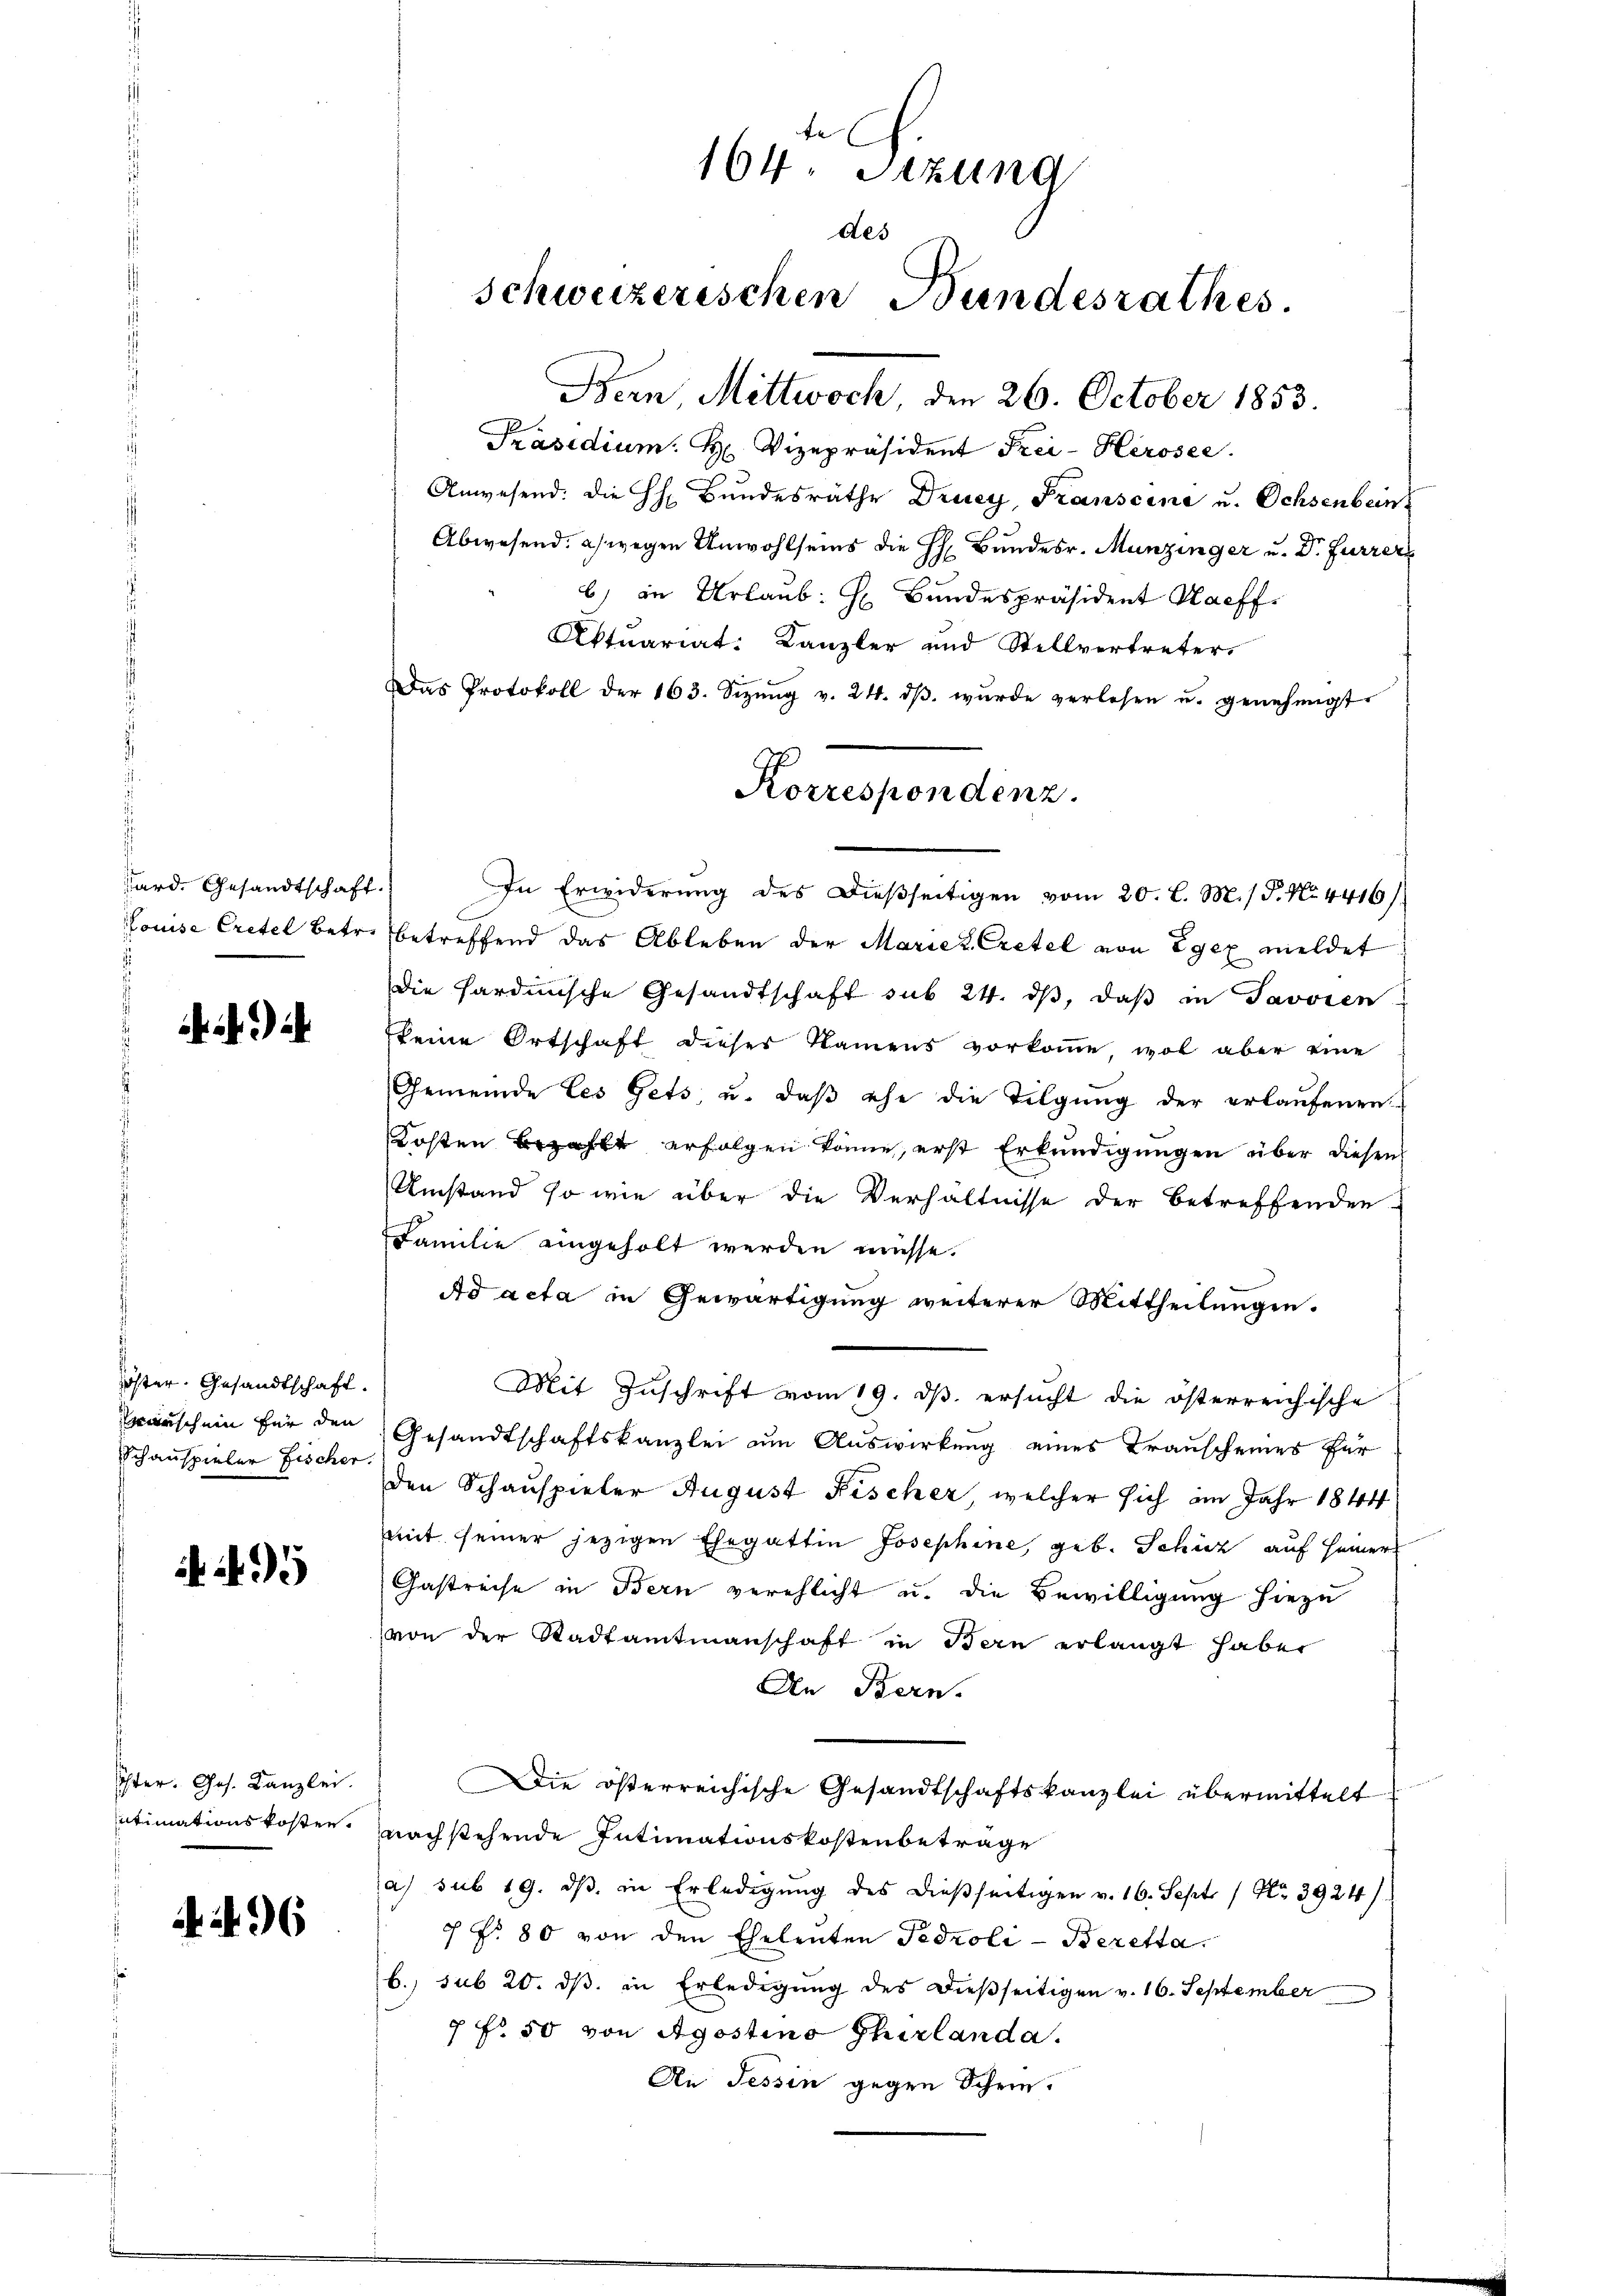
Sard. Gesandtschaft.

. .

öster. Gesandtschaft.
rarischein für den
Schauspieler Fischer.

Ihter. Ges. Kanzlei.
ntimationskosten.

6

Präsidium. H. Vizepräsident Frei- Herosee
Anwesend. Die HH Bŭndesräthe Drucy, Franscine u. Ochsenbein
Abwesend: a) wegen Unwohlseins die H. Bundesr. Munzinger u. Dr. Furrer
6) in Urlaub. H. Bundespräsident Haeff.
Aktuariat: Kanzler und Stellvertreter
Das Protokoll der 163. Sizŭng v. 24. dβ. wurde verlesen u. genehmigt.
In Erwiderung des dießseitigen vom 20. l. M. P. No. 4416)
Louise Cretel betr. betreffend das Ableben der Mariez Cretel von Egex meldet
die hardinische Gesandtschaft sub 24. dβ, daβ in Javoren
keine Ortschaft dieser Namens vorkomme, wol aber eine
Gemeinde les Gets, u. daβ ehe die Tilgung der erlaŭfenen
Kosten Bezahlt erfolgen könne, erst Erkundigungen über diesen
Umstand so wie über die Verhältnisse der betreffenden
Familie eingeholt werden müsse.
Ad acta in Gewärtigung weiterer Mittheilungen.
Mit Zuschrift vom 19. ds. ersucht die österreichische
Gesandtschaftskanzlei um Auswirkung eines Trauscheines für
den Schauspieler August Fischer, welcher sich im Jahr 1844
mit seiner jezigen Ehegattin Josephine, geb. Schütz auf Heiner
Gastreise in Bern verehlicht u. die Bewilligung hiezu
von der Stadtamtmannschaft in Bern erlangt haben
An Bern.
Die österreichische Gesandtschaftskanzlei übermittelt
nachstehende Intimationskostenbetrage
a) sub 19. dβ in Erledigŭng des dieβseitigen v. 16. Sept. 1 Nr. 3924)
c fr. 80 von den Eheleuten Pedroli-Beretta.
b. sub 20. dβ in Erledigung des dießseitigen v. 16. September
7 f 50 von Agostino Thirlanda.
An Tessin gegen Schrie-

te
164. Sitzung
des
schweizerischen Bundesrathes.

Bern, Mittwoch, den 26. October 1853.

Korrespondenz.